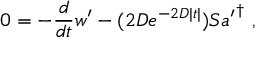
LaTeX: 0 = - \frac { d } { d t } w ^ { \prime } - ( 2 D e ^ { - 2 D | t | } ) S { a ^ { \prime } } ^ { \dagger } ~ ,